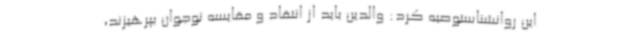
این روانشناستوصیه کرد: والدین باید از انتقاد و مقایسه نوجوان بپرهیزند،